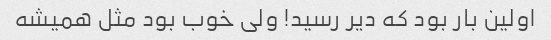
اولین بار بود که دیر رسید! ولی خوب بود مثل همیشه